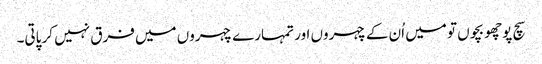
سچ پوچھو بچوں تو میں اُن کے چہروں اور تمہارے چہروں میں فرق نہیں کر پاتی۔